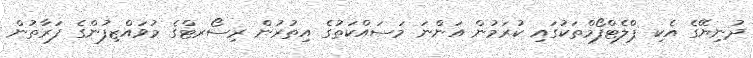
ދުނިޔޭގެ އެކި ޕްލެޓްފޯމްތަކުގައި ކުރަމުން އަންނަ މަސައްކަތުގެ އިތުރުން ރިސޯރޓްގެ މުވައްޒިފުންގެ ފަރާތުން